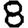
Digit: 8